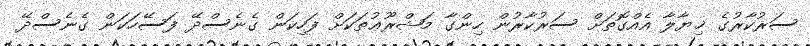
ސަރުކާރުގެ ޚިޔާލާ އެއްގޮތަށް ސަރުކާރުން ހިންގާ މަޝްރޫޢުތަކަށް ފަހިކަން ގެނެސްދޭ ފަސޭހަކަން ގެނެސްދޭ